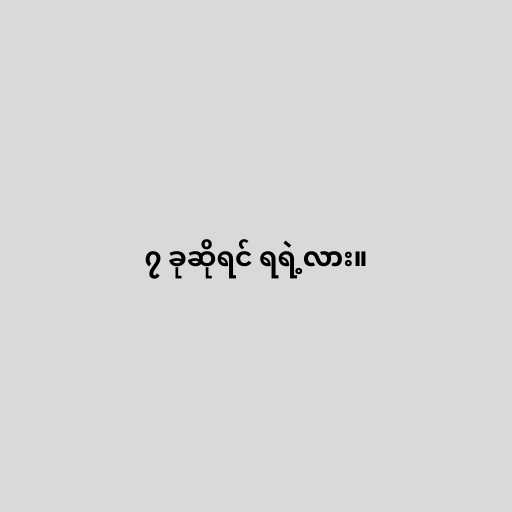
၇ ခုဆိုရင် ရရဲ့လား။